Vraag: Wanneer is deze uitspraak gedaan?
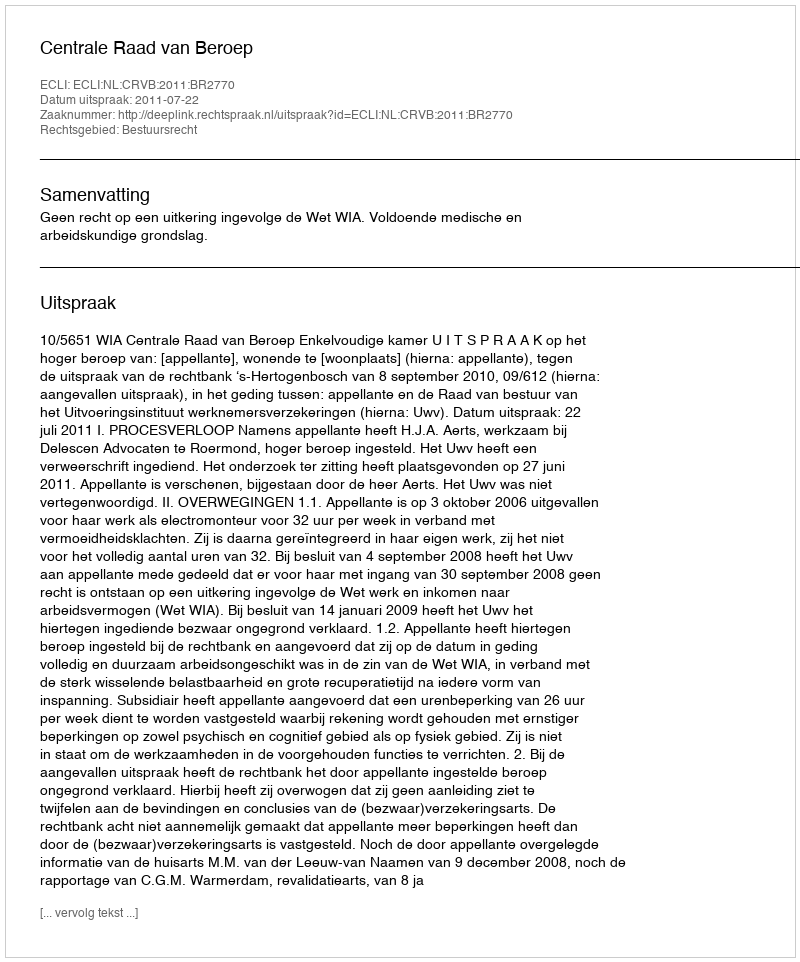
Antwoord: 2011-07-22